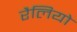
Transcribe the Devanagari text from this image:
रैलियो